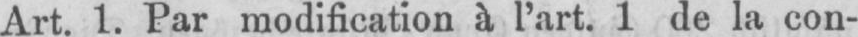
Art. 1. Par modification à l’art. 1 de la con-